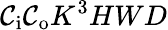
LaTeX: \mathcal{C}_{\mathrm{{i}}}\mathcal{C}_{\mathrm{{o}}}K^{3}HWD